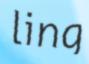
ling